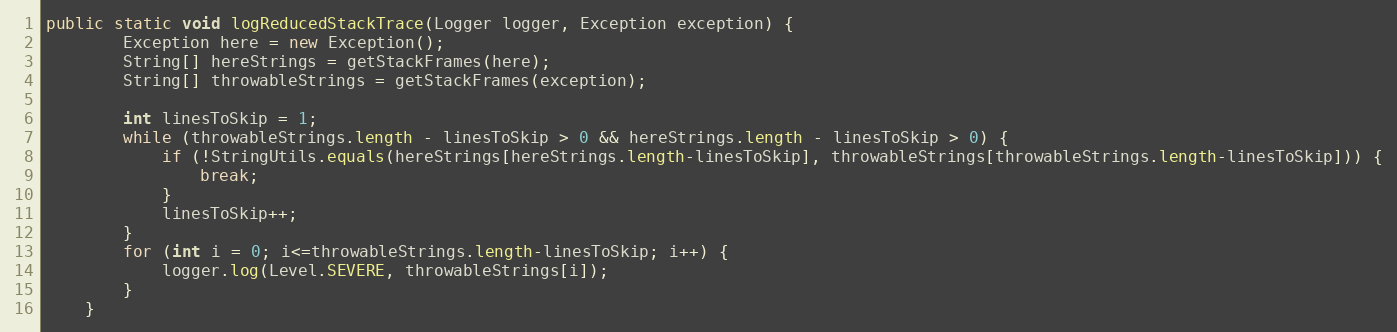
Language: Java
public static void logReducedStackTrace(Logger logger, Exception exception) {
		Exception here = new Exception();
		String[] hereStrings = getStackFrames(here);
		String[] throwableStrings = getStackFrames(exception);

		int linesToSkip = 1;
		while (throwableStrings.length - linesToSkip > 0 && hereStrings.length - linesToSkip > 0) {
			if (!StringUtils.equals(hereStrings[hereStrings.length-linesToSkip], throwableStrings[throwableStrings.length-linesToSkip])) {
				break;
			}
			linesToSkip++;
		}
		for (int i = 0; i<=throwableStrings.length-linesToSkip; i++) {
			logger.log(Level.SEVERE, throwableStrings[i]);
		}
	}